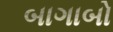
બાગાબો